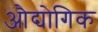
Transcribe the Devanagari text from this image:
औद्योगिक